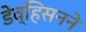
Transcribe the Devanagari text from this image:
डेव्हिसनने